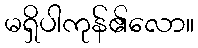
မရှိပါကုန်၏လော။